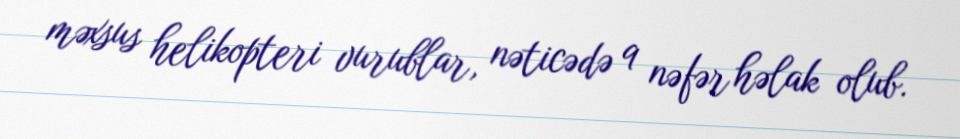
məxsus helikopteri vurublar, nəticədə 9 nəfər həlak olub.